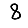
Digit: 8